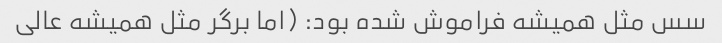
سس مثل همیشه فراموش شده بود: (اما برگر مثل همیشه عالی